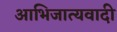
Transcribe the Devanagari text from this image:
आभिजात्यवादी